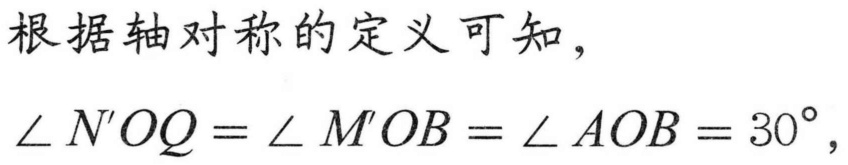
根据轴对称的定义可知，
$\angle N'OQ=\angle M'OB=\angle AOB = 30^{\circ},$